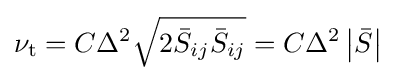
\nu _{\mathrm {t} }=C\Delta ^{2}{\sqrt {2{\bar {S}}_{ij}{\bar {S}}_{ij}}}=C\Delta ^{2}\left|{\bar {S}}\right|